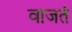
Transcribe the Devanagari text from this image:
वाजतं